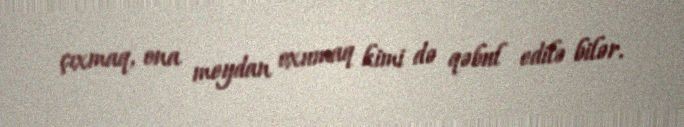
çıxmaq, ona meydan oxumaq kimi də qəbul edilə bilər.